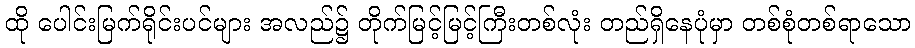
ထို ပေါင်းမြက်ရိုင်းပင်များ အလည်၌ တိုက်မြင့်မြင့်ကြီးတစ်လုံး တည်ရှိနေပုံမှာ တစ်စုံတစ်ရာသော